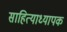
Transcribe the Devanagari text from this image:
साहित्याध्यापक